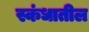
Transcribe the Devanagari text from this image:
स्कंधातील